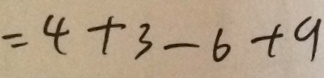
= 4 + 3 - 6 + 9